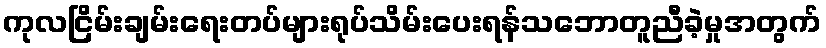
ကုလငြိမ်းချမ်းရေးတပ်များရုပ်သိမ်းပေးရန်သဘောတူညီခဲ့မှုအတွက်